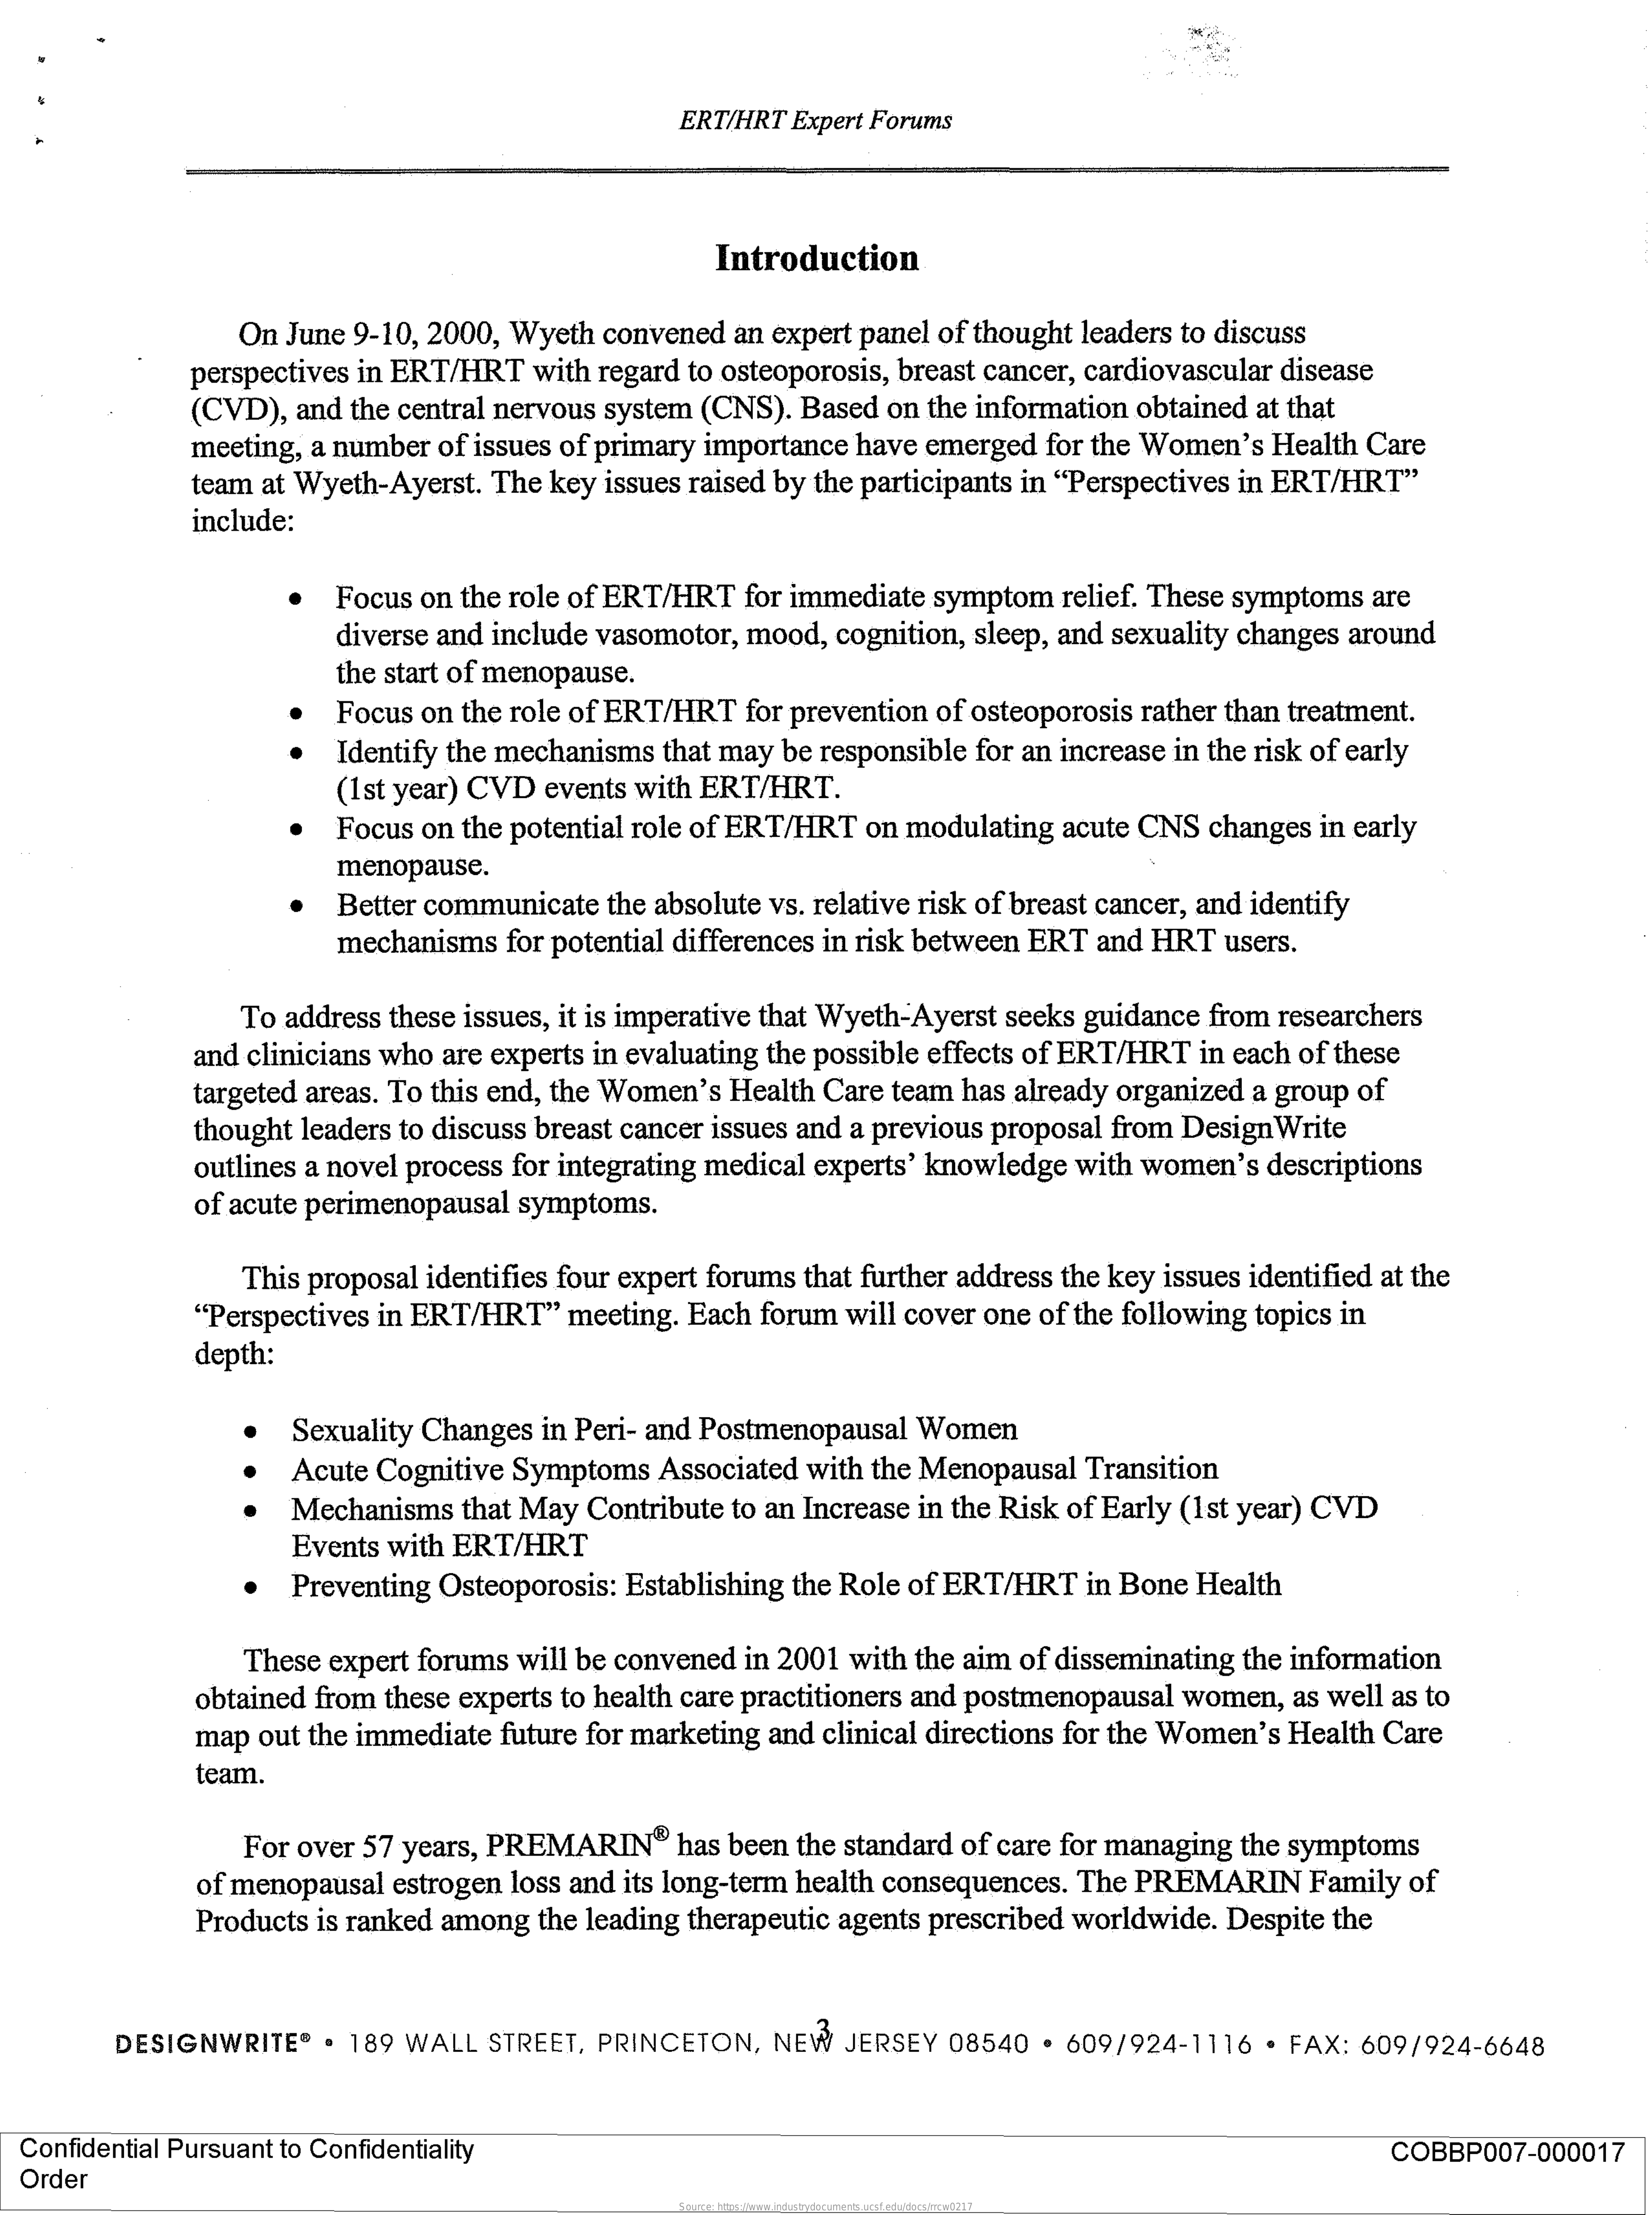
ERT/HRT Expert Forums
     Introduction
     On June 9-10, 2000, Wyeth convened an expert panel of thought leaders to discuss
     perspectives in ERT/HRT with regard to osteoporosis, breast cancer, cardiovascular disease
     (CVD), and the central nervous system (CNS). Based on the information obtained at that
     meeting, a number of issues of primary importance have emerged for the Women's Health Care
     team at Wyeth-Ayerst. The key issues raised by the participants in "Perspectives in ERT/HRT"
     include:
     Focus on the role of ERT/HRT for immediate symptom relief. These symptoms are
     diverse and include vasomotor, mood, cognition, sleep, and sexuality changes around
     the start of menopause.
     Focus on the role of ERT/HRT for prevention of osteoporosis rather than treatment.
     Identify the mechanisms that may be responsible for an increase in the risk of early
     (1st year) CVD events with ERT/HRT.
     Focus on the potential role of ERT/HRT on modulating acute CNS changes in early
     menopause.
     Better communicate the absolute vs. relative risk of breast cancer, and identify
     mechanisms  for potential differences in risk between ERT and HRT users.
     To address these issues, it is imperative that Wyeth-Ayerst seeks guidance from researchers
     and clinicians who are experts in evaluating the possible effects of ERT/HRT in each of these
     targeted areas. To this end, the Women's Health Care team has already organized a group of
     thought leaders to discuss breast cancer issues and a previous proposal from Design Write
     outlines a novel process for integrating medical experts' knowledge with women's descriptions
     of acute perimenopausal symptoms.
     This proposal identifies four expert forums that further address the key issues identified at the
     "Perspectives in ERT/HRT" meeting. Each forum will cover one of the following topics in
     depth:
     Sexuality Changes in Peri- and Postmenopausal Women
     Acute Cognitive Symptoms Associated with the Menopausal Transition
     Mechanisms  that May Contribute to an Increase in the Risk of Early (1st year) CVD
     Events with ERT/HRT
     Preventing Osteoporosis: Establishing the Role of ERT/HRT in Bone Health
     These expert forums will be convened in 2001 with the aim of disseminating the information
     obtained from these experts to health care practitioners and postmenopausal women, as well as to
     map out the immediate future for marketing and clinical directions for the Women's Health Care
     team.
     For over 57 years, PREMARIN  has been the standard of care for managing the symptoms
     of menopausal estrogen loss and its long-term health consequences. The PREMARIN Family of
     Products is ranked among the leading therapeutic agents prescribed worldwide. Despite the
     DESIGNWRITE®  . 189 WALL  STREET, PRINCETON, NEW  JERSEY 08540 . 609/924-1116  · FAX: 609/924-6648
  Confidential Pursuant to Confidentiality
  Order
     COBBP007-000017
     Source: https://www.industrydocuments.ucsf.edu/docs/rrcw0217